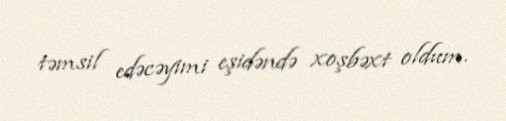
təmsil edəcəyimi eşidəndə xoşbəxt oldum.